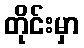
တိုင်းမှာ